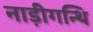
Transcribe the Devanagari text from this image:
नाड़ीगन्थि